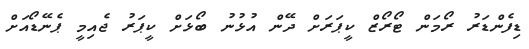
ޑިފެންޑަރު ރޯމަން ޓޯރޯޒް ކީޕަރަށް ދޭން އުޅުނު ބޯޅަށް ކީޕަރު ޖެއިމީ ޕެނޭޑޯއަށް